Source: Handwritten
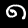
Digit: ၈ (8)